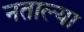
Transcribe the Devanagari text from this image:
नताल्या